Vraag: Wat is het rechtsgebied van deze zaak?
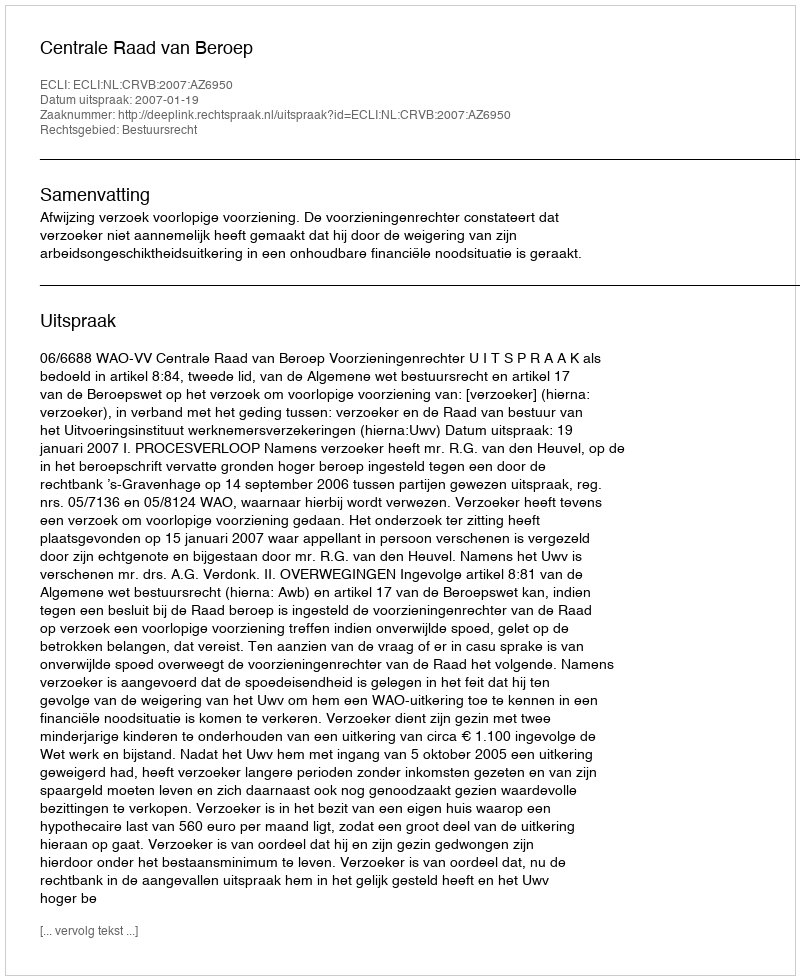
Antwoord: Bestuursrecht